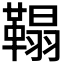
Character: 𩌇